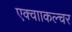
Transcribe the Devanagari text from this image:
एक्वााकल्चर